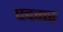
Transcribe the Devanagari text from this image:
एदगर